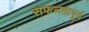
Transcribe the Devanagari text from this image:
सफलतापूर्व